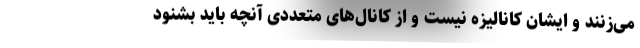
می‌زنند و ایشان کانالیزه نیست و از کانال‌های متعددی آنچه باید بشنود